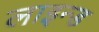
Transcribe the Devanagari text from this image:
लाइन्‍ड